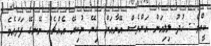
ކީއްވެ.. ޚުދު ލިލިއަން އަށްވެސް އޭނާއަށް ކިޔޭ ނުކިޔޭ އެއްޗެއް ނޭނގޭ ފަދައެވެ.